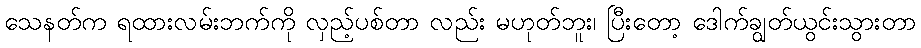
သေနတ်က ရထားလမ်းဘက်ကို လှည့်ပစ်တာ လည်း မဟုတ်ဘူး၊ ပြီးတော့ ဒေါက်ချွတ်ယွင်းသွားတာ